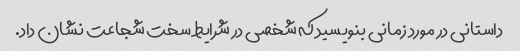
داستانی در مورد زمانی بنویسید که شخصی در شرایط سخت شجاعت نشان داد.